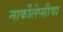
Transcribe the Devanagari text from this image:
नार्कोलेप्सीचा